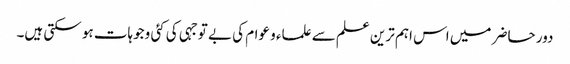
دور حاضر میں اس اہم ترین علم سے علماء و عوام کی بے توجہی کی کئی وجوہات ہو سکتی ہیں۔